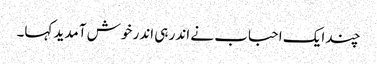
چند ایک احباب نے اندر ہی اندر خوش آمدید کہا۔